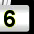
Digit: 6